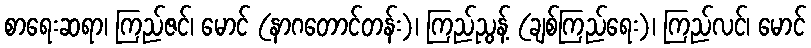
စာရေးဆရာ၊ ကြည်ဇင်၊ မောင် (နာဂတောင်တန်း)၊ ကြည်ညွန့် (ချစ်ကြည်ရေး)၊ ကြည်လင်၊ မောင်